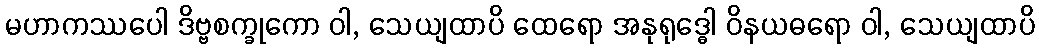
မဟာကဿပေါ ဒိဗ္ဗစက္ခုကော ဝါ, သေယျထာပိ ထေရော အနုရုဒ္ဓေါ ဝိနယဓရော ဝါ, သေယျထာပိ